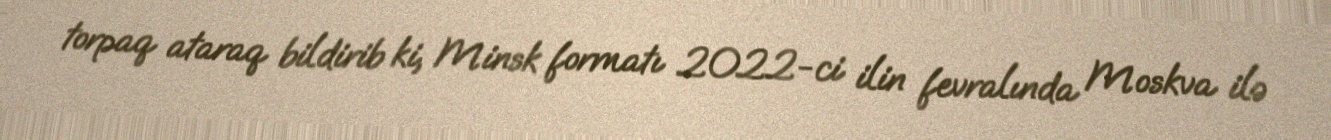
torpaq ataraq bildirib ki, Minsk formatı 2022-ci ilin fevralında Moskva ilə